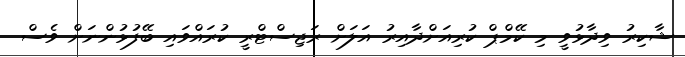
ޝާކިރު ވިދާޅުވީ މި ކޭމްޕް ކުރިއަށްދާއިރު އަލަށް ރަޖިސްޓްރީ ކުރައްވައި ބޭފުޅުންނަށް ވެސް